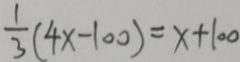
\frac { 1 } { 3 } ( 4 x - 1 0 0 ) = x + 1 0 0